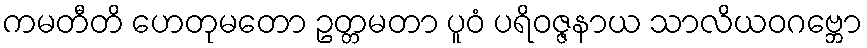
ကမတီတိ ဟေတုမတော ဥတ္တမတာ ပူဝံ ပရိဝဇ္ဇနာယ သာလိယဝဂဗ္ဘော